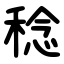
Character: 稔